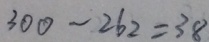
3 0 0 - 2 6 2 = 3 8